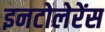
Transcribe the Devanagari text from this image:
इनटोलेरेंस